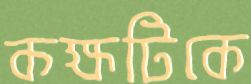
কক্ষটিকে